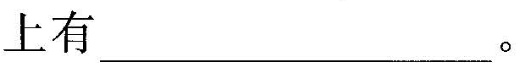
上有___。